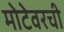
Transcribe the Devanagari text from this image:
मोटेवरची